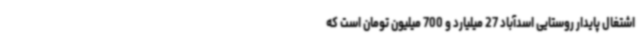
اشتغال پایدار روستایی اسدآباد 27 میلیارد و 700 میلیون تومان است که